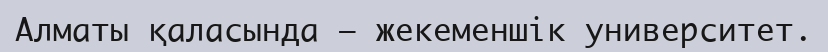
Алматы қаласында – жекеменшік университет.